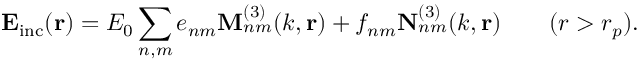
\mathbf { E _ { \mathrm { i n c } } } ( \mathbf { r } ) = E _ { 0 } \sum _ { n , m } e _ { n m } \mathbf { M } _ { n m } ^ { ( 3 ) } ( k , \mathbf { r } ) + f _ { n m } \mathbf { N } _ { n m } ^ { ( 3 ) } ( k , \mathbf { r } ) \qquad ( r > r _ { p } ) .